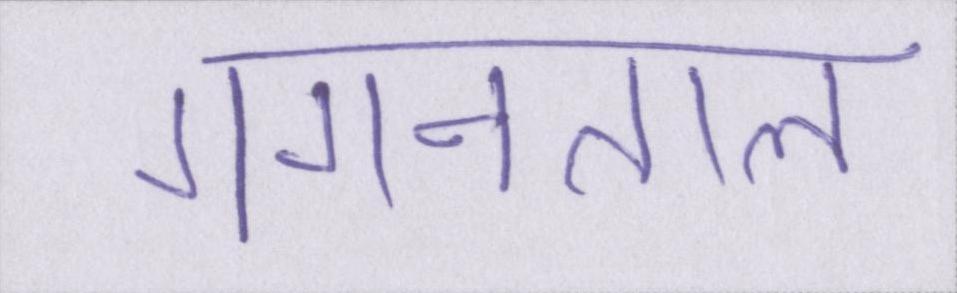
गगनताल